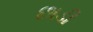
છાડી